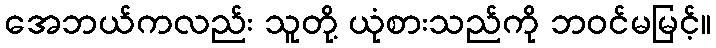
အေဘယ်ကလည်း သူတို့ ယုံစားသည်ကို ဘဝင်မမြင့်။